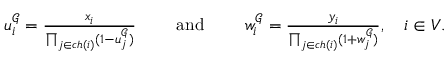
\begin{array} { r } { u _ { i } ^ { \mathcal { G } } = \frac { x _ { i } } { \prod _ { j \in \mathfrak { c h } ( i ) } ( 1 - u _ { j } ^ { \mathcal { G } } ) } \qquad \mathrm { ~ a n d ~ } \qquad w _ { i } ^ { \mathcal { G } } = \frac { y _ { i } } { \prod _ { j \in \mathfrak { c h } ( i ) } ( 1 + w _ { j } ^ { \mathcal { G } } ) } , \quad i \in V . } \end{array}